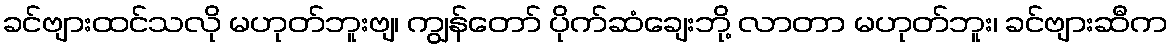
ခင်ဗျားထင်သလို မဟုတ်ဘူးဗျ၊ ကျွန်တော် ပိုက်ဆံချေးဘို့ လာတာ မဟုတ်ဘူး၊ ခင်ဗျားဆီက